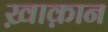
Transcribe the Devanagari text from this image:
ख़ाक़ान